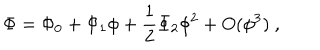
\Phi = \Phi _ { 0 } + \Phi _ { 1 } \phi + \frac 1 2 \Phi _ { 2 } \phi ^ { 2 } + O ( \phi ^ { 3 } ) ~ ,